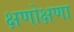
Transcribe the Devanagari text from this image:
क्षणोक्षणा